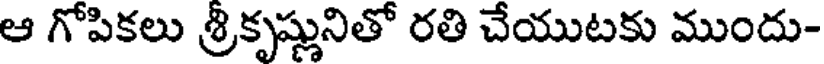
ఆ గోపికలు శ్రీకృష్ణునితో రతి చేయుటకు ముందు-